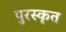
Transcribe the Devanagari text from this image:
पुरस्‍कृत